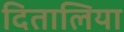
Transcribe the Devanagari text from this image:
दितालिया